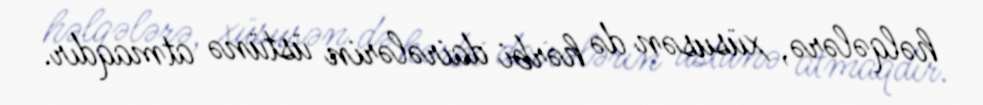
həlqələrə, xüsusən də hərbi dairələrin üstünə atmaqdır.